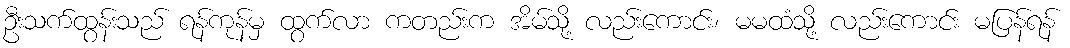
ဦးသက်ထွန်းသည် ရန်ကုန်မှ ထွက်လာ ကတည်းက အိမ်သို့ လည်းကောင်း၊ မမထံသို့ လည်းကောင်း မပြန်ရန်